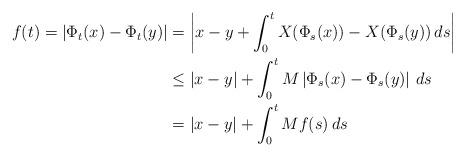
LaTeX: \begin{align*}f(t)=\left|\Phi_t(x)-\Phi_t(y)\right|&=\left|x-y+\int_0^t X(\Phi_s(x))-X(\Phi_s(y))\,ds\right|\\&\leq |x-y|+\int_0^t M\left|\Phi_s(x)-\Phi_s(y)\right|\,ds\\&= |x-y|+\int_0^t Mf(s)\,ds\end{align*}